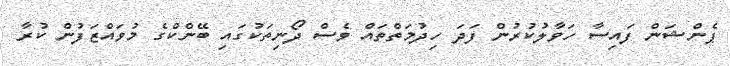
ޕެންޝަން ފައިސާ ހަވާލުކުރުން ފަދަ ހިދުމަތްތައް ވެސް ދޯނިތަކުގައި ބޭންކްގެ މުވައްޒަފުން ކުރާ